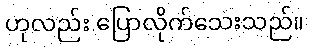
ဟုလည်း ပြောလိုက်သေးသည်။